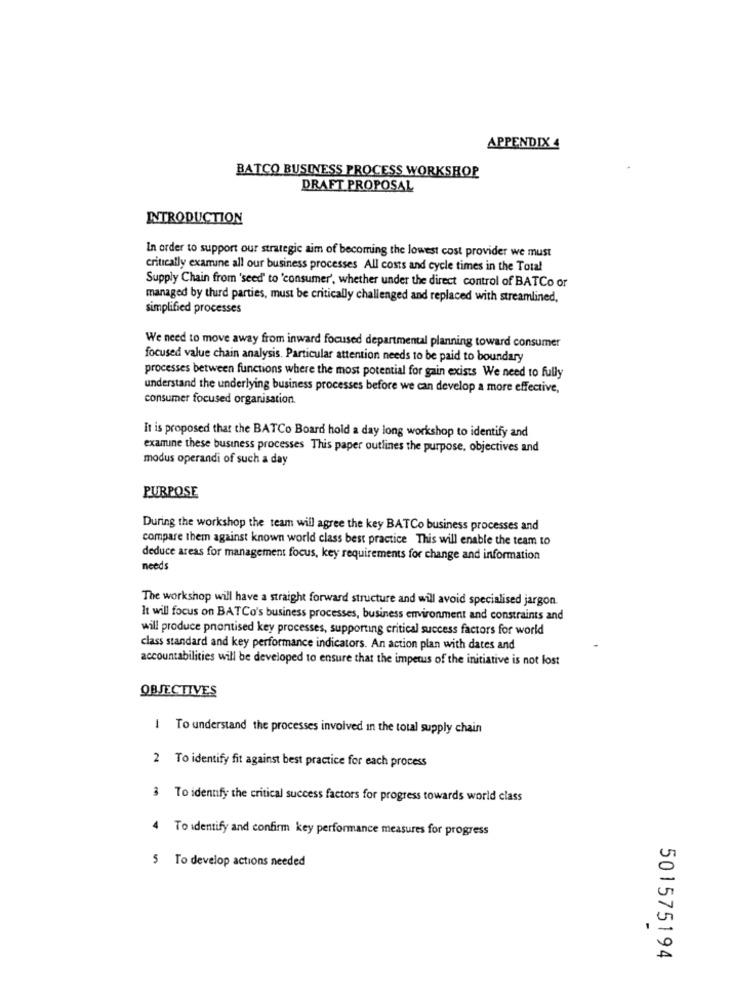
APPENDIX 4
BATCO BUSINESS PROCESS WORKSHOP
DRAFT PROPOSAL
INTRODUCTION
In order to support our strategic aim of becoming the lowest cost provider we must
critically examrune all our business processes All costs and cycle times in the Total
Supply Chain from 'seed' to 'consumer', whether under the direct control of BATCo or
managed by third parties, must be critically challenged and replaced with streamlined,
simplified processes
We need to move away from inward focused departmental planning toward consumer
focused value chain analysis. Particular attention needs to be paid to boundary
processes between functions where the most potential for gain exists We need to fully
understand the underlying business processes before we can develop a more effective,
consumer focused organisation.
It is proposed that the BATCo Board hold a day long workshop to identify and
examine these business processes This paper outlines the purpose, objectives and
modus operandi of such a day
PURPOSE
During the workshop the team will agree the key BATCo business processes and
compare them against known world class best practice This will enable the team to
deduce areas for management focus, key requirements for change and information
needs
The workshop will have a straight forward structure and will avoid specialised jargon.
It will focus on BATCo's business processes, business environment and constraints and
will produce prontised key processes, supporting critical success factors for world
class standard and key performance indicators. An action plan with dates and
accountabilities will be developed to ensure that the impetus of the initiative is not lost
OBJECTIVES
1 To understand the processes involved in the total supply chain
2 To identify fit against best practice for each process
3 To identify the critical success factors for progress towards world class
4
To identify and confirm key performance measures for progress
5 To develop actions needed
501575194